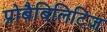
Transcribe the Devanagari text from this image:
प्रोबैबिलिटिज़